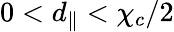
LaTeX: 0<d_{\parallel}<\chi_{c}/2